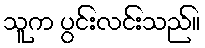
သူက ပွင်းလင်းသည်။